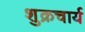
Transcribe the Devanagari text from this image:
शुक्रचार्य